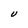
Character: U